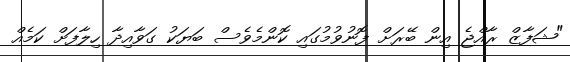
"ޝަފާޒް ރާއްޖެ އިން ބޭރަށް ފޮނުވުމުގައި ކޮންމެވެސް ބަޔަކު ގަވާއިދާ ހިލާފަށް ކަމެއް